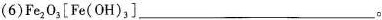
(6)Fe_{2}O_{3}\left [Fe(OH)_{3}\right ]___。